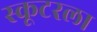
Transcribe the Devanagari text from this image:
स्कूटरला